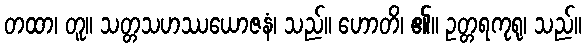
တထာ၊ တူ။ သတ္တသဟဿယောဇနံ၊ သည်။ ဟောတိ၊ ၏။ ဥတ္တရကုရု၊ သည်။